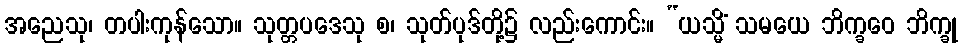
အညေသု၊ တပါးကုန်သော။ သုတ္တပဒေသု စ၊ သုတ်ပုဒ်တို့၌ လည်းကောင်း။ “ယသ္မိံ သမယေ ဘိက္ခဝေ ဘိက္ခု